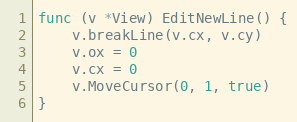
Language: Go
func (v *View) EditNewLine() {
	v.breakLine(v.cx, v.cy)
	v.ox = 0
	v.cx = 0
	v.MoveCursor(0, 1, true)
}